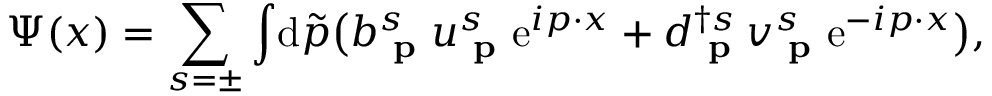
\Psi ( x ) = \sum _ { s = \pm } \int \! \mathrm { d } { \tilde { p } } { \big ( } b _ { \textbf { p } } ^ { s } u _ { \textbf { p } } ^ { s } \mathrm { e } ^ { i p \cdot x } + d _ { \textbf { p } } ^ { \dagger s } v _ { \textbf { p } } ^ { s } \mathrm { e } ^ { - i p \cdot x } { \big ) } ,